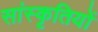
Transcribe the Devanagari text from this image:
सांस्कृतियों